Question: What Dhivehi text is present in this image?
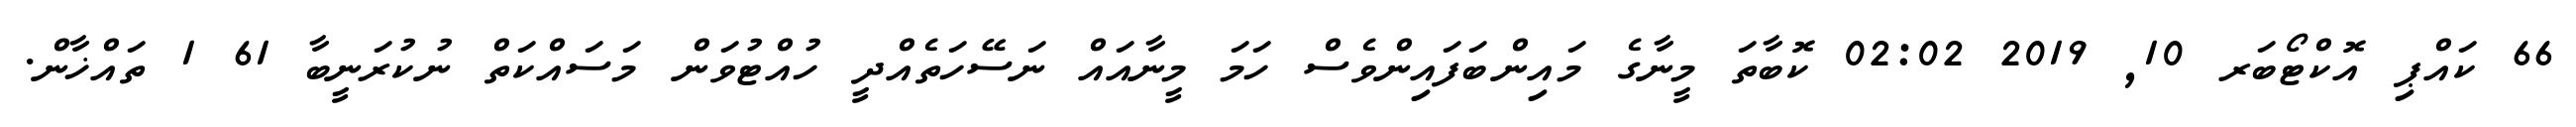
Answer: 66 ކައްޕި އޮކްޓޯބަރ 10, 2019 02:02 ކޮބާތަ މީނާގެ މައިންބަފައިންވެސް ހަމަ މީނާއައް ނަސޭހަތެއްދީ ހުއްޓުވަން މަސައްކަތް ނުކުރަނީބާ 61 1 ތައްޚާން.